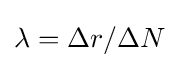
\lambda =\Delta r/\Delta N\,\!